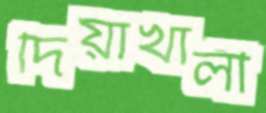
দিয়াখালী